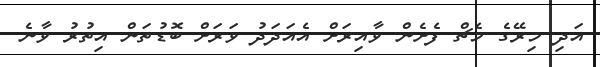
އަދި މިރޭގެ މެޗް ފެށެން ވާއިރަށް އެއަދަދު ވަރަށް ބޮޑުތަން އިތުރު ވާނެ